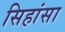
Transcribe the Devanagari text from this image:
सिहांसा